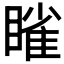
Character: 𬑥